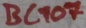
Text: BC107